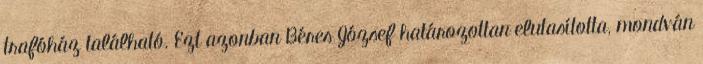
trafóház található. Ezt azonban Béres József határozottan elutasította, mondván